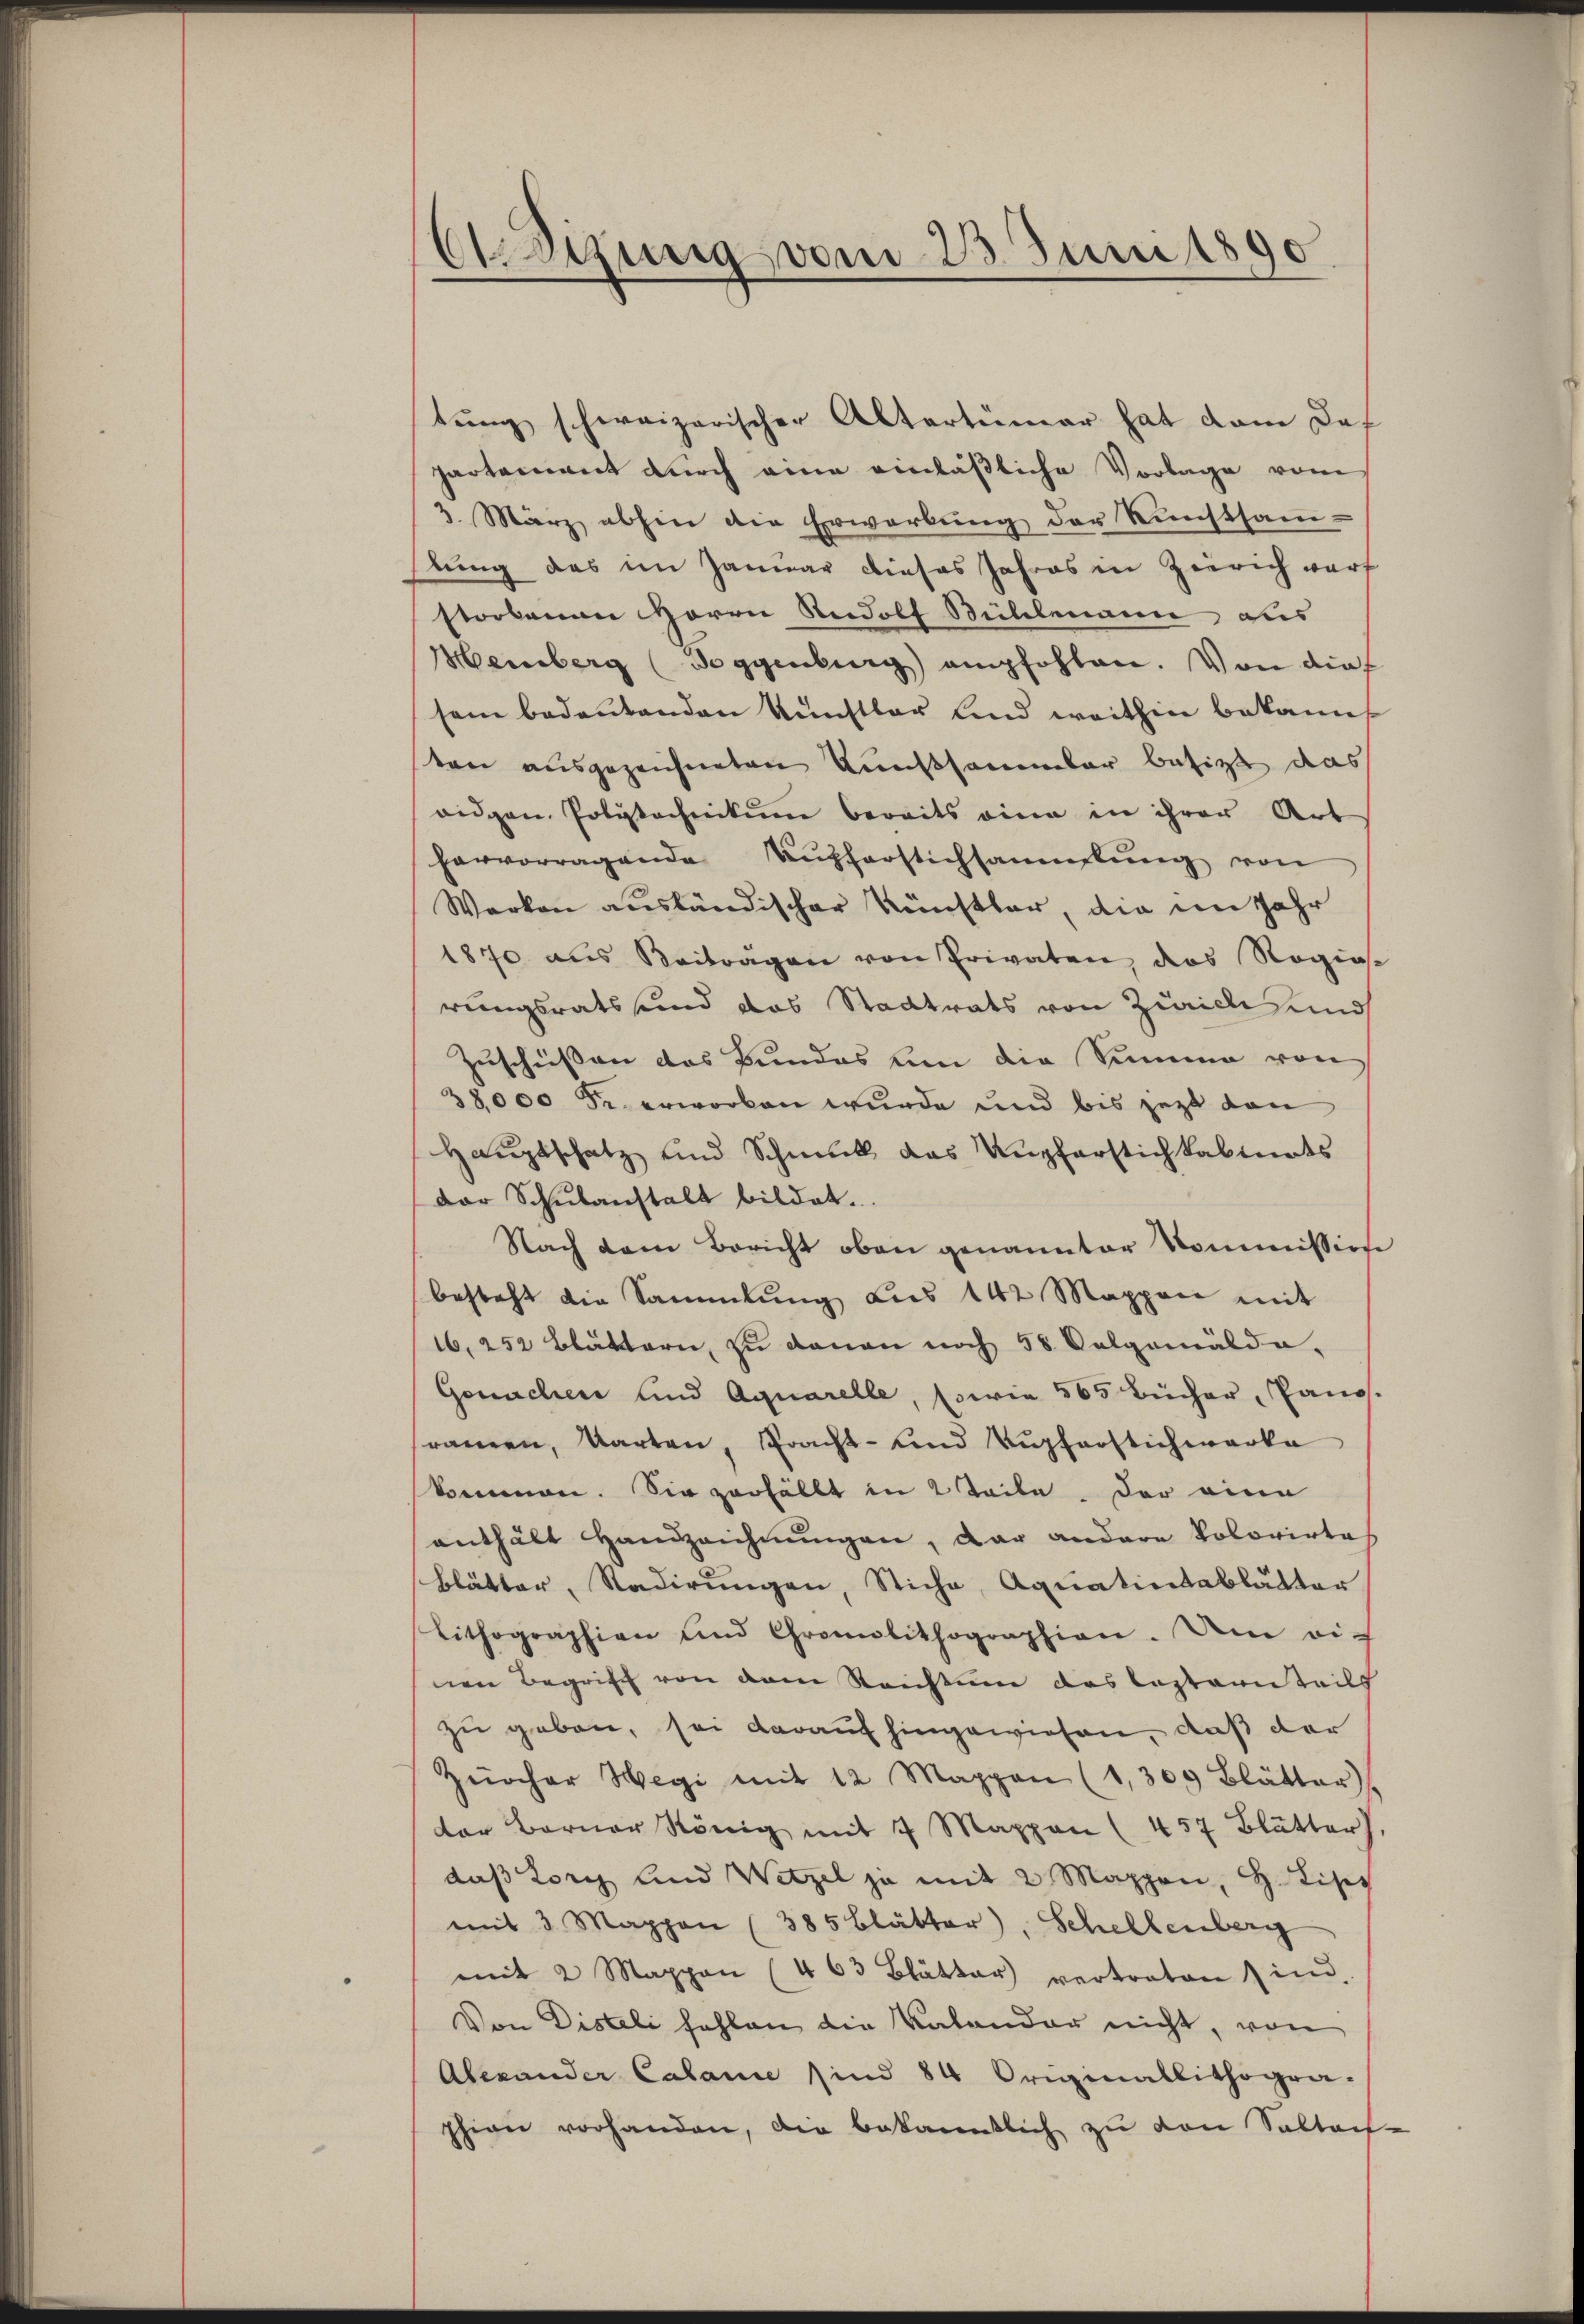
Oegung vom 23. Juni 1890

partement durch eine einläßliche Vorlage vom
3. März abhin die Erwerbung der Kunstsamlung das im Januar dieses Jahres in Zürich warf
storbenen Herrn Rudolf Süillmann aus
Meinberg (soggenburg empfohlen. Von dies
sei bedeŭtenden Kunstbar und weithin bekannt
ten ausgezeichneten Kunstsammler besitzt das
ridgen. Polytechnikum bereits eine in ihrer Art
hervorragende Aŭsferstichsammlung von
Werken ausländischer Künstler, die im Jahr
1870 aus Beitragen von Privaten des Ragias
rungsrats und das Stadtrats von Zürich und
Zuschüssen das Bundes um die Summe von
38,000 Fr. erworben wurde und bis jetzt von
Hauptschatz und Schmuck das Unpferstich kabinets
Der Schŭlanstalt bildet.
Nach dem Bericht oben genannter Kommission
besteht die Sammlung aus 142 Mappen mit
16, 252 Blättern, zu danan noch 58 Oelgemälde,
Gemachen und Aquarelle, sowie 565 Bücher, Pano.
sramen, Warten, Pracht- und Tupferstichwarka
kommen. Sie zerfällt in 2 Teile, der eine
enthält Handzeichnŭngen, dar andere Volorirtes
Blätter, Stadirungen, Stiche, Aquatintablätter
Lithographien und Gromolithographien. Dem rich
nen Begriff von dem Reichtum das Lasternteils
zu geben, sei darauf hingewiesen, daß der
Zürcher Hegi mit 12 Mappen (1309 Blätter,
der Berner König mit 7 Mappen (457 Blätter,
daß Lory und Wetzel ja mit 2 Mappen, H. Lisep
mit 3 Mappen (385 Blätter), Schellenberg
mit 2 Mappen (463 Blätter vertreten sind.
Von Disteli fehlen die Valander nicht, von
Alexander Calanie sind 84 Originallithogra-
phion vorhanden, die bekanntlich zu von Sallach-

tung schweizerischer Altertümer hat dem Daf